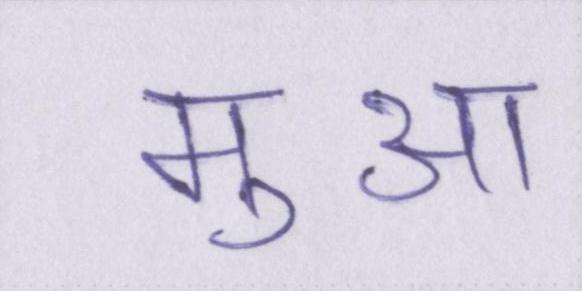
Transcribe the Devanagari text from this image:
मुआ